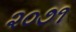
૨૦૭૧